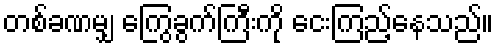
တစ်ခဏမျှ ကြွေခွက်ကြီးကို ငေးကြည့်နေသည်။